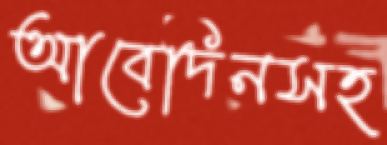
আবেদিনসহ